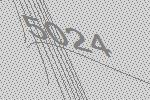
5024